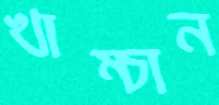
খাম্‌চান